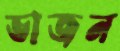
ভাজন